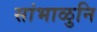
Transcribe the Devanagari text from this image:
सांभाळुनि